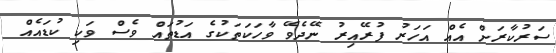
ސަރުކާރަށް އެއް އަހަރު ފުރޭއިރު ނޭދެވޭ ވާހަކަތަކުގެ އަޑުތައް ވެސް ވަކި ކުޑައެއް